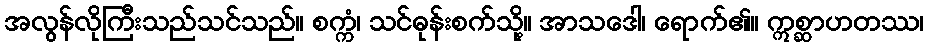
အလွန်လိုကြီးသည်သင်သည်။ စက္ကံ၊ သင်ဓုန်းစက်သို့။ အာသဒေါ၊ ရောက်၏။ ဣစ္ဆာဟတဿ၊